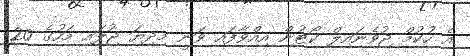
އެ ހުކުމް ޖުވެނައިލް ކޯޓުން އިއްވާފައި ވަނީ މިދިޔަ ޖުލައި މަހުގެ 20